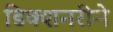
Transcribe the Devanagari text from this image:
डिक्शनरीने